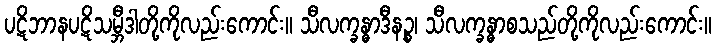
ပဋိဘာနပဋိသမ္ဘီဒါတို့ကိုလည်းကောင်း။ သီလက္ခန္ဓာဒီနဉ္စ၊ သီလက္ခန္ဓာစသည်တို့ကိုလည်းကောင်း။